Lunatic asylums in Bengal annual reports 1899-1911 - 1899-1911
Year: 1899
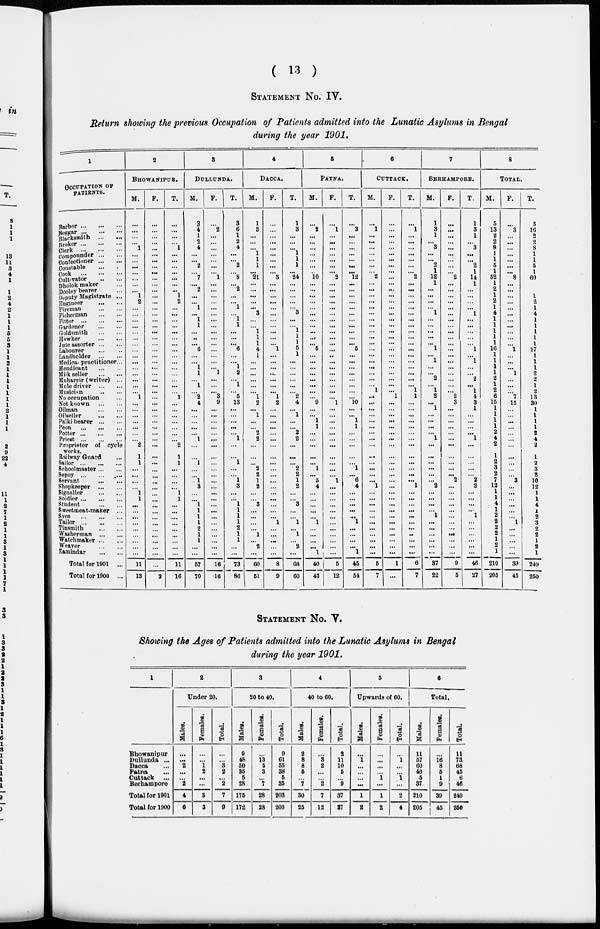
( 13 )
STATEMENT NO. IV.
Return showing the previous Occupation of Patients admitted into the Lunatic Asylums in Bengal
during the year 1901.
1
OCCUPATION OF
PATIENTS.
Barber...
...
...
Beggar
...
...
...
Blacksmith ... ...
Broker
...
...
...
Clerk
...
...
...
Compounder... ...
Confectioner ... ...
Constable ... ...
Cook
...
...
...
Cultivator ... ...
Dholok maker...
Dooley bearer...
Deputy Magistrate ...
Engineer ... ...
Fireman ... ...
Fisherman
...
...
Pitter
...
...
...
Gardener
...
...
Goldsmith
...
...
Hawker
...
...
Jute assorter...
...
Labourer
...
...
Landholder
...
...
Medica practitioner...
Mendicant
...
...
Milk seller
...
...
Muharrir (writer) ...
Mule driver
...
...
Musician
...
...
No occupation ...
Not known
...
...
Oilman ... ...
Oilseller
...
...
Palki bearer
...
...
Peon ... ... ...
Potter...
...
...
Prieat
...
...
...
Proprietor of cycle
works.
Railway Guard ...
Sailor
...
...
...
Schoolmaster... ...
Sepoy ... ... ...
Servant
...
...
Shopkeeper ... ...
Signaller ... ...
Soldier... ... ...
Student ... ...
Sweetmeat-maker ...
Syce
...
...
...
Tailor
...
...
...
Tinsmith ... ...
Washerman ... ...
Watchmaker... ...
Weaver ... ...
Zamindar ... ...
Total for 1901 ...
Total for 1900 ...
2
BHOWANIPUR.
M.
...
...
...
...
1
...
...
...
...
...
...
... 1
2
...
...
...
...
...
...
...
...
...
...
...
...
...
...
...
1
...
...
...
...
...
...
...
2
1
1
...
...
...
...
1
1
...
...
...
...
...
...
...
...
...
11
13
F.
...
...
...
...
...
...
...
...
...
...
...
...
...
...
...
...
...
...
...
...
...
...
...
...
...
...
...
...
...
...
...
...
...
...
...
...
...
...
...
...
...
...
...
...
...
...
...
...
...
...
...
...
...
...
...
...
3
T.
...
...
...
...
1
...
...
...
...
...
...
...
1
2
...
...
...
...
...
...
...
...
...
...
...
...
...
...
...
1
...
...
...
...
...
...
...
2
1
1
...
...
...
...
1
1
...
...
...
...
...
...
...
...
...
11
16
3
DULLUNDA.
M.
3
4
1
2
4 ...
... 2
... 7
...
2
...
...
1
...
1
1
...
...
...
6
...
...
1
1
...
1
...
2
4
...
...
...
...
...
1
...
...
1
...
...
1
3
...
...
1
1
1
1
2
1
1
...
...
57
70
F.
...
2
...
...
...
...
...
...
... 1
...
...
...
...
...
...
...
...
...
...
...
...
...
...
...
1
...
...
...
3
9
...
...
...
...
...
...
...
...
...
...
...
...
...
...
...
...
...
...
...
...
...
...
...
...
16
16
T.
3
6
1
2
... ...
... 2
... 8
...
2
...
...
1
...
1
1
...
...
...
6
...
...
1
2
...
1
...
5
13
...
...
...
...
...
1
...
...
1
...
...
1
3
...
...
1
1
1
1
2
1
1
...
...
73
86
4
DACCA.
M.
1
3
...
...
... 1
1
1
... 21
...
...
...
...
... 3
...
...
1
1
1
4
1
...
...
...
...
...
...
1
2
...
1
...
...
2
2
...
...
...
2
2
1
2
...
...
3
...
...
...
...
1
...
2
...
60
51
F.
...
...
...
...
...
...
...
...
... 3
...
...
...
...
...
...
...
...
...
...
...
1
...
...
...
...
...
...
...
1
2
...
...
...
...
...
...
...
...
...
...
...
...
...
...
...
...
...
...
1
...
...
...
...
...
8
9
T.
1
3
...
...
... 1
1
1
... 24
...
...
...
...
...
3
...
...
1
1
1
5
1
...
...
...
...
...
...
2
4
...
1
...
...
2
2
...
...
...
2
2
1
2
...
...
3
...
...
1
...
1
...
2
...
68
60
5
PATNA.
M.
...
2
...
...
...
...
...
...
... 10
...
...
...
...
...
...
...
...
...
...
...
6
...
...
...
...
...
...
...
...
9
...
...
1
1
...
...
...
...
...
1
...
6
4
...
...
...
...
...
1
...
...
...
...
1
40
42
F.
...
1
...
...
...
...
...
...
... 2
...
...
...
...
...
...
...
...
...
...
...
...
...
...
...
...
...
...
...
...
1
...
...
...
...
...
...
...
...
...
...
...
1
...
...
...
...
...
...
...
...
...
...
...
...
5
12
T.
...
3
...
...
...
...
...
...
... 12
...
...
...
...
...
...
...
...
...
...
...
5
...
...
...
...
...
...
...
...
10
...
...
1
1
...
...
...
...
...
1
...
6
4
...
...
...
...
...
1
...
...
...
...
1
45
54
6
CUTTACK.
M.
...
1
...
...
...
...
...
...
... 2
...
...
...
...
...
...
...
...
...
...
...
...
...
...
...
...
...
...
1
...
...
...
...
...
...
...
...
...
...
...
...
...
...
1
...
...
...
...
...
...
...
...
...
...
...
5
7
F.
...
...
...
...
...
...
...
...
...
...
...
...
...
...
...
...
...
...
...
...
...
...
...
...
...
...
...
...
...
1
...
...
...
...
...
...
...
...
...
...
...
...
...
...
...
...
...
...
...
...
...
...
...
...
1
...
T.
...
1
...
...
...
...
...
...
... 2
...
...
...
...
...
...
...
...
...
...
...
...
...
...
...
...
...
...
1
1
...
...
...
...
...
...
...
...
...
...
...
...
...
1
...
...
...
...
...
...
...
...
...
...
...
6
7
7
BERHAMPORE.
M.
1
3
1
...
3
...
...
2
1
12
1
...
...
...
... 1
...
...
...
...
...
1
...
1
...
...
2
...
1
2
...
1
...
...
...
...
1
...
...
...
...
...
...
2
...
...
...
...
1
...
...
...
...
...
...
37
22
F.
...
...
...
...
...
...
...
...
... 2
...
...
...
...
...
...
...
...
...
... ...
...
...
...
...
...
...
...
...
2
3
...
...
...
...
...
...
...
...
...
...
...
2
...
...
...
...
...
...
...
...
...
...
...
...
9
5
T.
1
3
1
...
3
...
... 2
1
14
1
...
...
...
... 1
...
...
...
...
...
1
...
1
...
...
2
...
1
4
3
1
...
...
...
...
1
...
...
...
...
...
2
2
...
...
...
...
1
...
...
...
...
...
46
27
8
TOTAL.
M.
5
13
2
2
8
1
1
5
1
52
1
2
1
2
1
4
1
1
1
1
1
16
1
1
1
1
2
1
2
6
15
1
1
1
1
2
4
2
1
2
3
2
7
12
1
1
4
1
2
2
2
2
1
2
1
210
205
F.
...
3
...
...
...
...
...
...
... 8
...
...
...
...
...
...
...
...
...
...
1
...
...
...
1
...
...
...
7
15
...
...
...
...
...
...
...
...
...
...
...
3
...
...
...
...
...
...
1
...
...
...
...
...
39
45
T.
5
16
2
2
8
1
1
5
1
60
1
2
1
4
1
1
1
1
1
17
1
1
1
2
2
1
2
13
30
1
1
1
1
2
4
2
1
2
3
2
10
12
1
1
4
1
2
3
2
2
1
2
1
249
250
STATEMENT NO. V.
Showing the Ages of Patients admitted into the Lunatic Asylums in Bengal
during the year 1901.
1
Bhowanipur
Dullunda ...
Dacca ...
Patna ...
Cuttack
...
Berhampore
Total for 1901
Total for 1900
2
Under 20.
Males.
...
...
2
...
...
2
4
6
Females.
...
...
1
2
...
...
3
3
Total.
...
...
3
2
...
2
7
9
3
20 to 40.
Males.
9
48
50
35
5
28
175
172
Females.
...
13
5
3
...
7
28
28
Total.
9
61
55
38
5
35
203
200
4
40 to 60.
Males.
2
8
8
5
...
7
30
25
Females.
...
3
2
...
...
2
7
12
Total.
2
11
10
5
...
9
37
87
5
Upwards of 60.
Males.
...
1
...
...
...
...
1
2
Females.
...
...
...
...
1
...
1
2
Total.
...
1
...
...
1
...
2
4
6
Total.
Males.
11
57
60
40
5
7
210
205
Females.
...
16
8
5
1
9
39
45
Total.
11
73
68
45
6
46
249
250